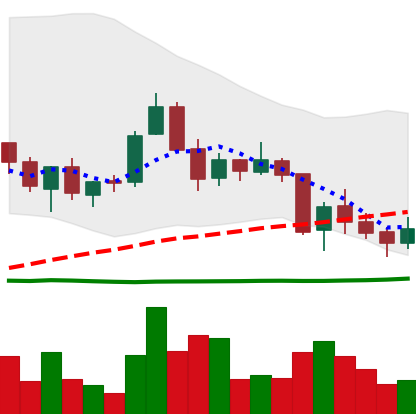
Ticker: TRX-USD
Chart end date: 2018-06-02
Forward return: -3.865%
Label: down_3_5